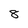
Character: 8